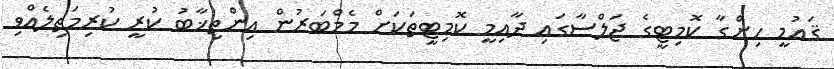
ޤައުމީ ހިންގާ ކޮމިޓީގެ ޖަލްސާގައި ދާއިމީ ކޮމިޓީތަކަށް މެމްބަރުން އިންތިޚާބު ކުރީ ކުރިމަތިލެއްވި